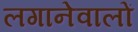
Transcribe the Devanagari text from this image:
लगानेवालों